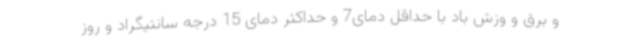
و برق و وزش باد با حداقل دمای7 و حداکثر دمای 15 درجه سانتیگراد و روز